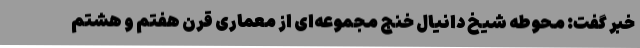
خبر گفت: محوطه شیخ دانیال خنج مجموعه‌ای از معماری قرن هفتم و هشتم